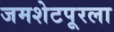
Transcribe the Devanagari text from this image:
जमशेटपूरला